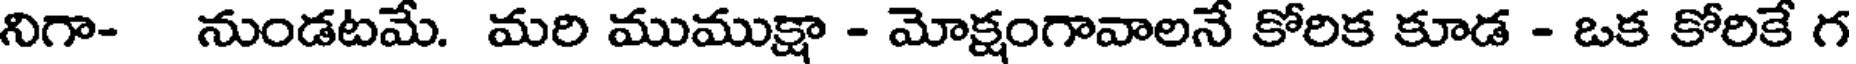
నిగా- నుండటమే. మరి ముముక్షా - మోక్షంగావాలనే కోరిక కూడ - ఒక కోరికే గ